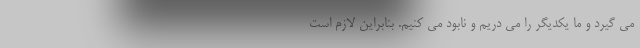
می گیرد و ما یکدیگر را می دریم و نابود می کنیم. بنابراین لازم است